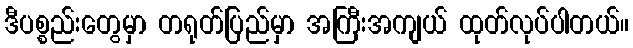
ဒီပစ္စည်းတွေမှာ တရုတ်ပြည်မှာ အကြီးအကျယ် ထုတ်လုပ်ပါတယ်။